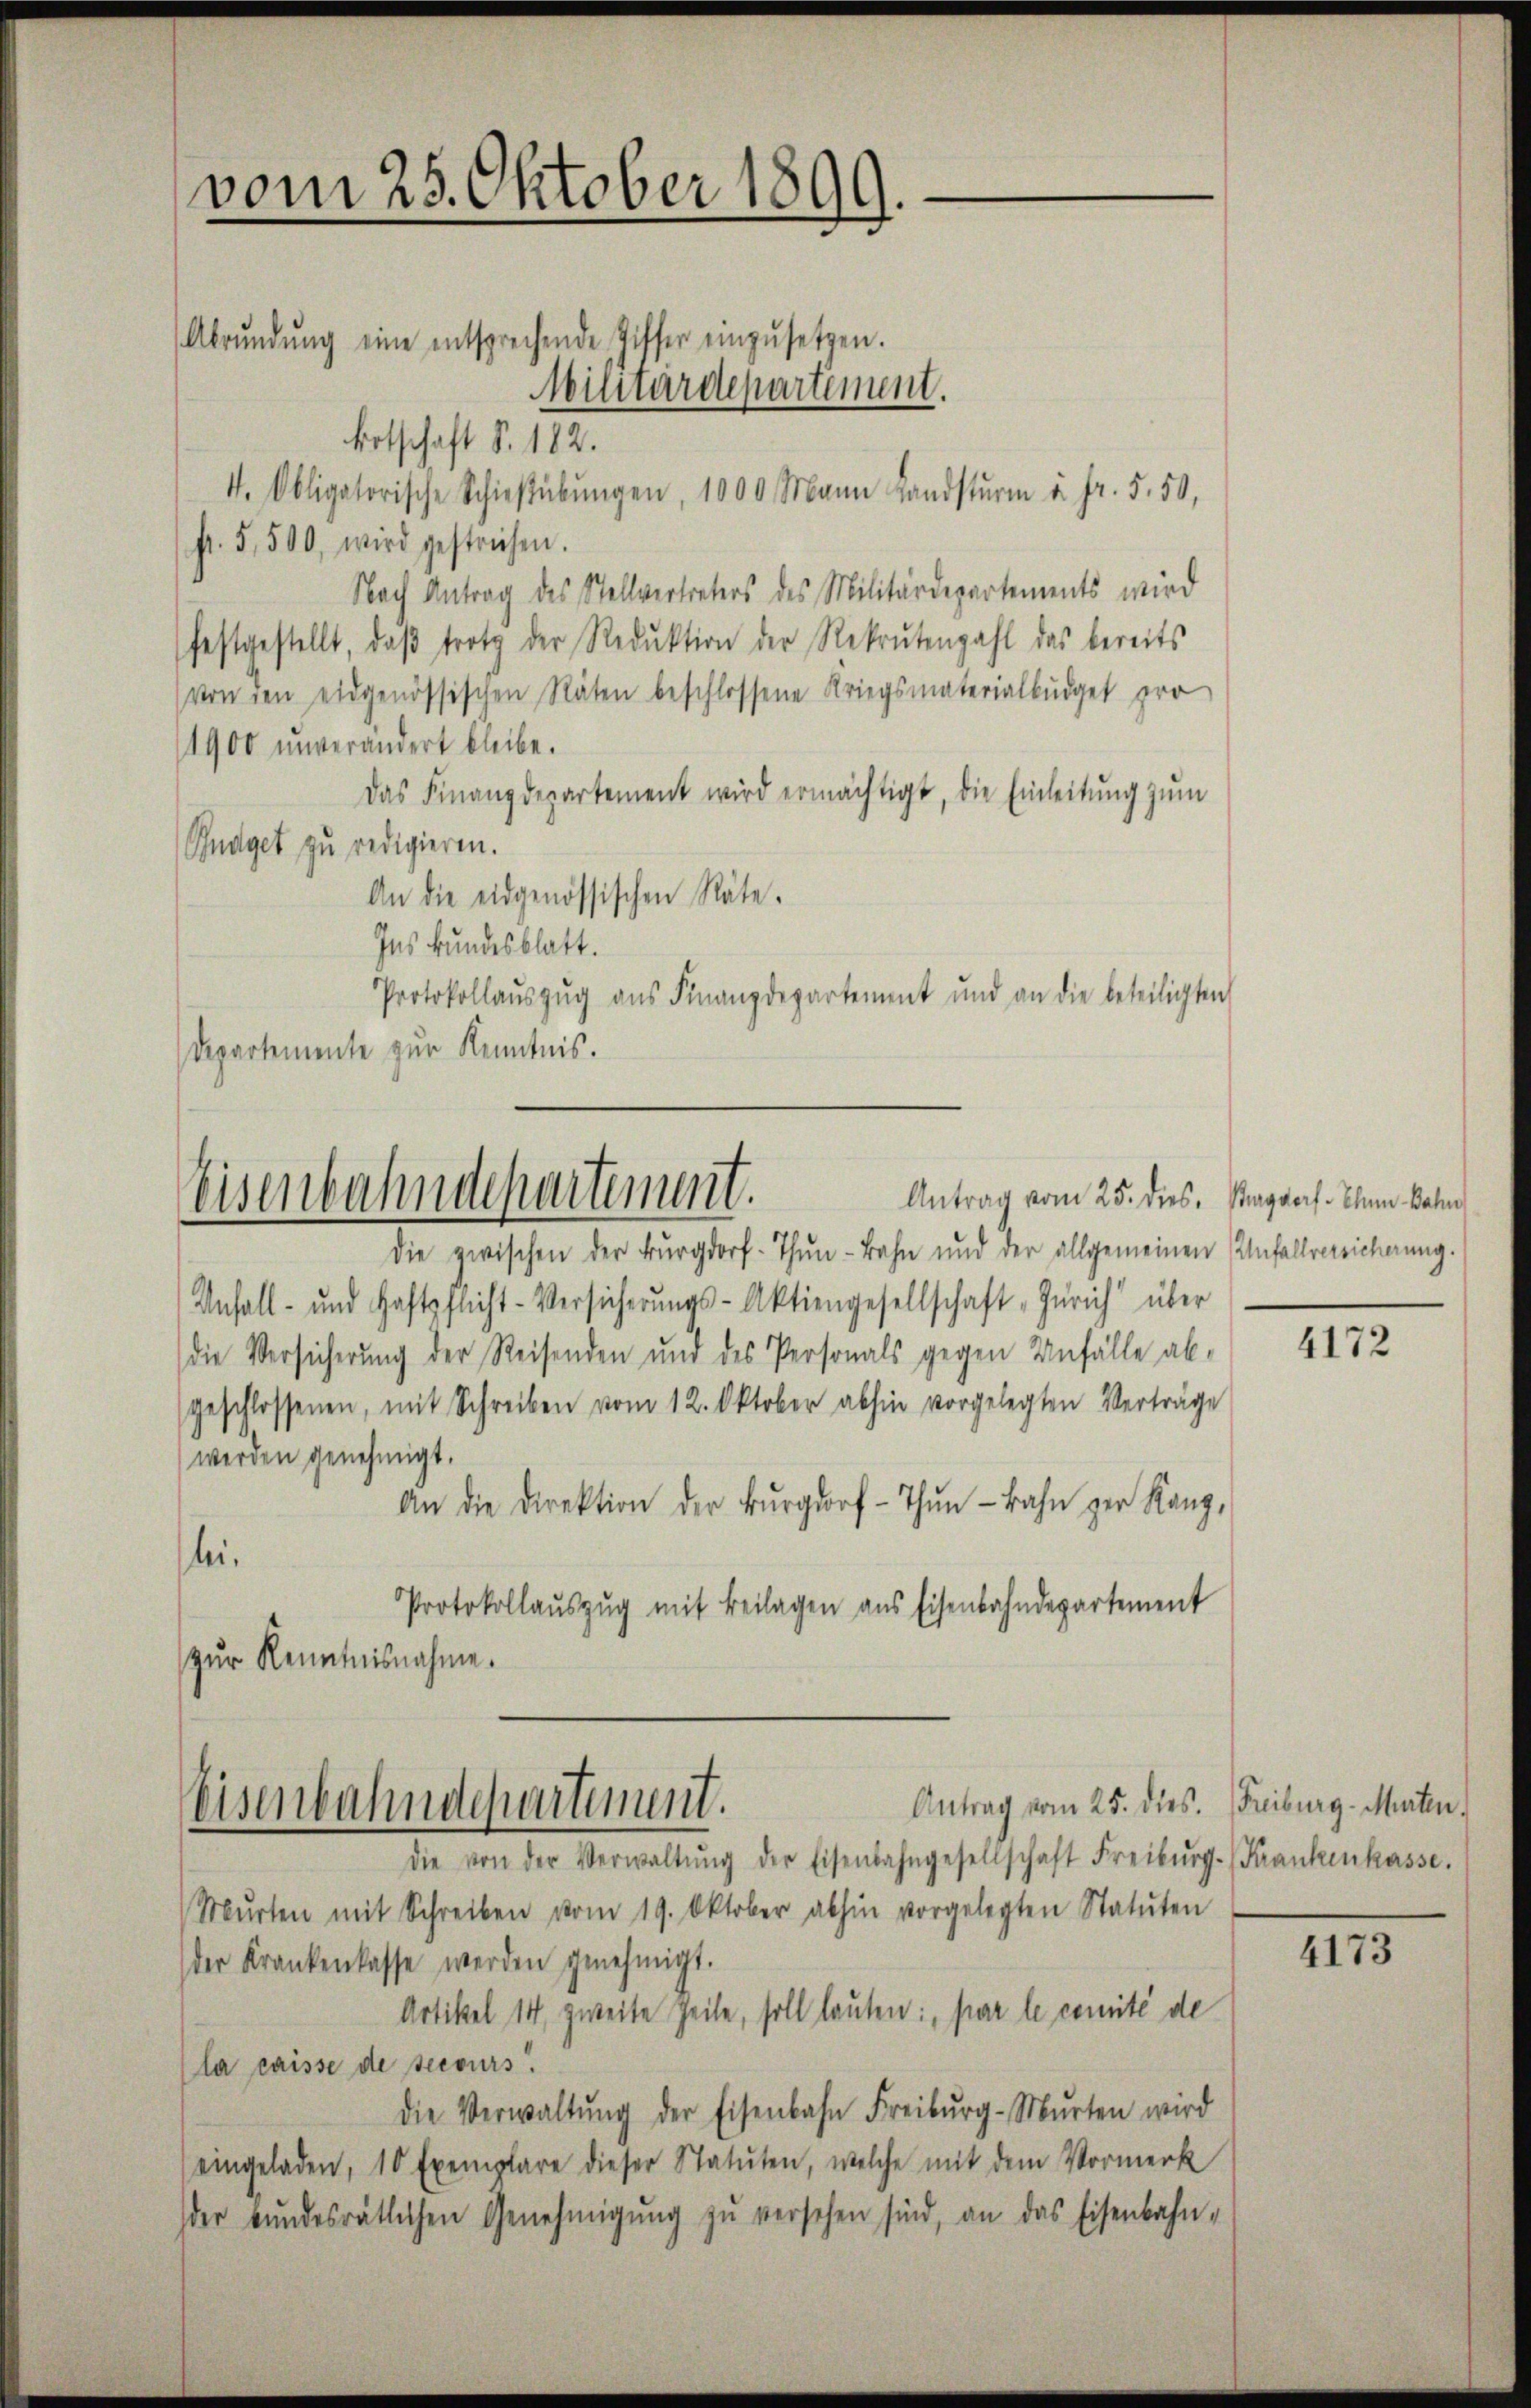
vom 25. Oktober 1899.

Abrŭndŭng eine entsprechende Ziffer einzŭsetzen.
Botschaft S. 182.
4. Obligatorische Schießübŭngen, 1000 Mann Landsturm u. fr. 5. 50,
f. 5,500, wird gestrichen.
Nach Antrag des Stellvertreters des Militärdepartements wird
festgestellt, daβ trotz der Reduktion der Rekrutenzahl das bereits
von den eidgenössischen Räten beschlossene Kriegsmaterialbüdget pro
1900 unverändert bleibe.
Das Finanzdepartement wird ermächtigt, die Einleitŭng zŭm
Budget zu redigieren.
An die eidgenössischen Räte.
Ins Bundesblatt.
Protokollaŭszŭg aŭs Finanzdepartement und an die beteiligten
Departemente zur Kenntnis.

Militärdepartement.

die zwischen der Burgdorf- Thun - Bahn und der allgemeinen Unfallversicherung.
Anfall- und Haftpflicht-Versicherŭngs-Aktiengesellschaft „Zürich über
(die Versicherung der Reisenden und des Personals gegen Anfälle ab-
geschlossenen, mit Schreiben vom 12. Oktober abhin vorgelegten Verträge
werden genehmigt.
An die Direktion der Burgdorf-Thŭn-kahn zur Kanz-
lei¬
Protokollaŭszŭg mit Beilagen aus Eisenbahndepartement
zur Kenntnisnahme.

Eisenbahndepartement.

Antrag vom 25. dies.
die von der Verwaltŭng der Eisenbahngesellschaft Freiburg. (Frankenkasse.
Mŭrten mit Schreiben vom 19. Oktober abhin vorgelegten Statuten
der Krankenkasse werden genehmigt.
Artikel 14, zweite Zeile, soll lauten: „par le comité de
la caisse de secours.
die Verwaltŭng der Eisenbahn Freiburg-Mŭrten wird
eingeladen, 10 Exemplare dieser Statuten, welche mit dem Vormerk
der bŭndesrätlichen Genehmigŭng zŭ versehen sind, an das Eisenbahn-

Eisenbahndepartement.

Antrag vom 25. dies. Baggers. Ihnen Bahn

4172

Freiburg - Murten.

4173